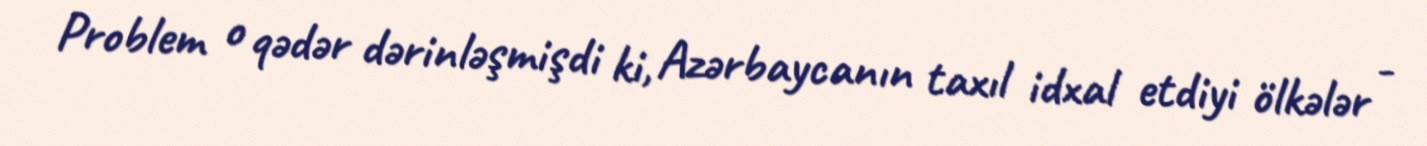
Problem o qədər dərinləşmişdi ki, Azərbaycanın taxıl idxal etdiyi ölkələr -